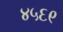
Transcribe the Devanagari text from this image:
४५६९